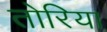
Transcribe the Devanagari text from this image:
तोरिया